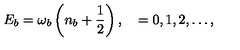
E _ { b } = \omega _ { b } \left( n _ { b } + \frac { 1 } { 2 } \right) , \quad = 0 , 1 , 2 , \ldots ,